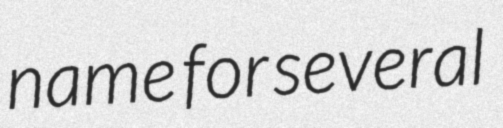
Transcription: name for several